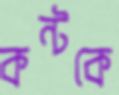
কন্টকে